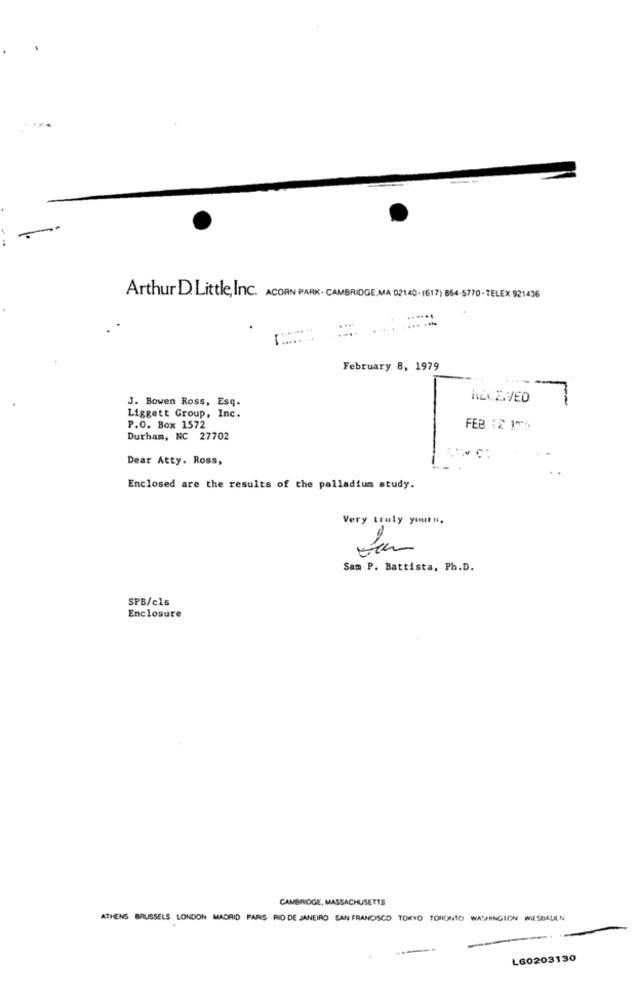
Arthur D. Little, Inc. ACORN PARK . CAMBRIDGE,MA 02140. (617) 864-5770 . TELEX 921436
..... ..
-
February 8, 1979
J. Bowen Ross, Esq.
KECZ.VED
Liggett Group, Inc.
P.O. Box 1572
FEB 12 170
Durham, NC 27702
Dear Atty. Ross,
Enclosed are the results of the palladium study.
Very truly yours,
Sam P. Battista, Ph.D.
SPB/cls
Enclosure
CAMBRIDGE, MASSACHUSETTS
ATHENS BRUSSELS LONDON MADRID PARIS RIO DE JANEIRO SAN FRANCISCO TOKYO TORONTO WASHINGTON WISBAUEN
LG0203130